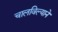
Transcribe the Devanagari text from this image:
चालविल्याने